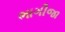
ભાગીજા